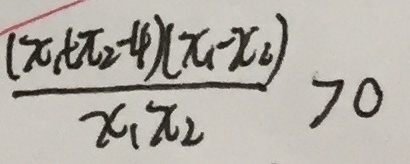
\frac { ( x _ { 1 } + x _ { 2 } - 4 ) ( x _ { 1 } - x _ { 2 } ) } { x _ { 1 } x _ { 2 } } > 0